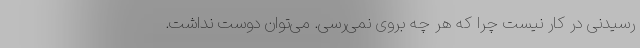
رسیدنی در کار نیست چرا که هر چه بروی نمی‌رسی. می‌توان دوست نداشت.